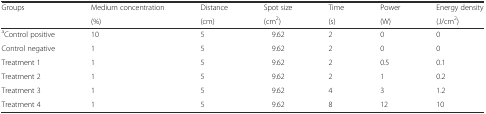
| <ROWSPAN=2> Groups | Medium concentration | Distance | Spot size | Time | Power | Energy density |
 | (%) | (cm) | (cm2) | (s) | (W) | (J/cm2) |
 | --- | --- | --- | --- | --- | --- | --- |
 | aControl positive | 10 | 5 | 9.62 | 2 | 0 | 0 |
 | Control negative | 1 | 5 | 9.62 | 2 | 0 | 0 |
 | Treatment 1 | 1 | 5 | 9.62 | 2 | 0.5 | 0.1 |
 | Treatment 2 | 1 | 5 | 9.62 | 2 | 1 | 0.2 |
 | Treatment 3 | 1 | 5 | 9.62 | 4 | 3 | 1.2 |
 | Treatment 4 | 1 | 5 | 9.62 | 8 | 12 | 10 |